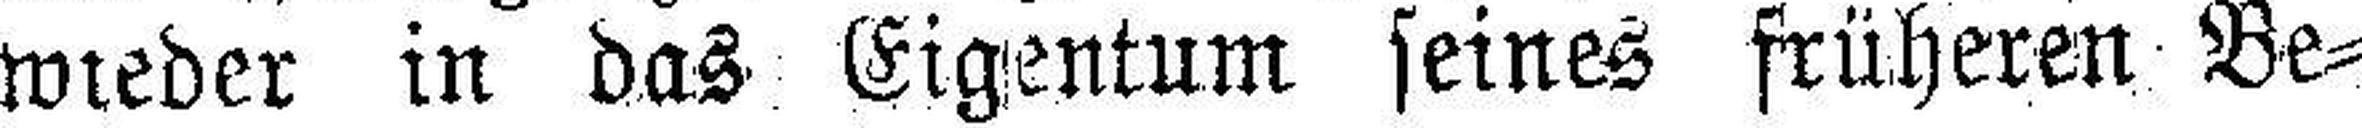
wieder in das Eigentum seines früheren Be¬